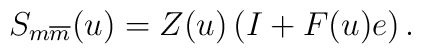
S_{m\overline{m}}(u) = Z(u) \left(I + F(u) e \right).